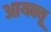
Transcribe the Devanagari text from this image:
आयक्यू